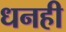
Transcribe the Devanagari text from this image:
धनही